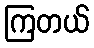
ကြတယ်